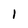
Character: 1